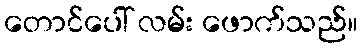
တောင်ပေါ် လမ်း ဖောက်သည်။